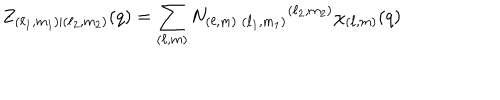
Z _ { ( \ell _ { 1 } , m _ { 1 } ) | ( \ell _ { 2 } , m _ { 2 } ) } ( q ) = \sum _ { ( \ell , m ) } N _ { ( \ell , m ) \; ( \ell _ { 1 } , m _ { 1 } ) } { } ^ { ( \ell _ { 2 } , m _ { 2 } ) } \chi _ { ( \ell , m ) } ( q )